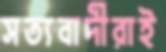
সত্যবাদীরাই